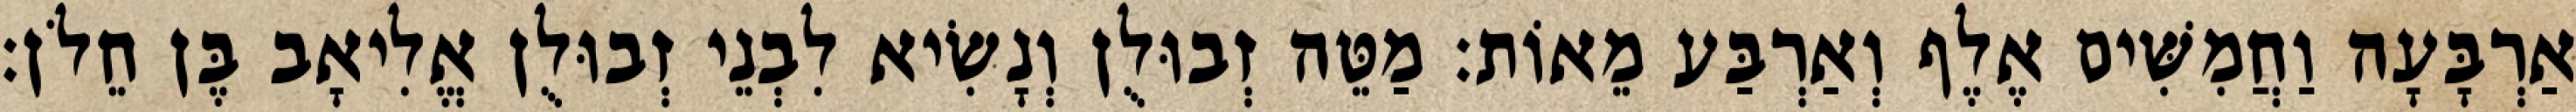
אַרְבָּעָה וַחֲמִשִּׁים אֶלֶף וְאַרְבַּע מֵאוֹת׃ מַטֵּה זְבוּלֻן וְנָשִׂיא לִבְנֵי זְבוּלֻן אֱלִיאָב בֶּן חֵלֹן׃